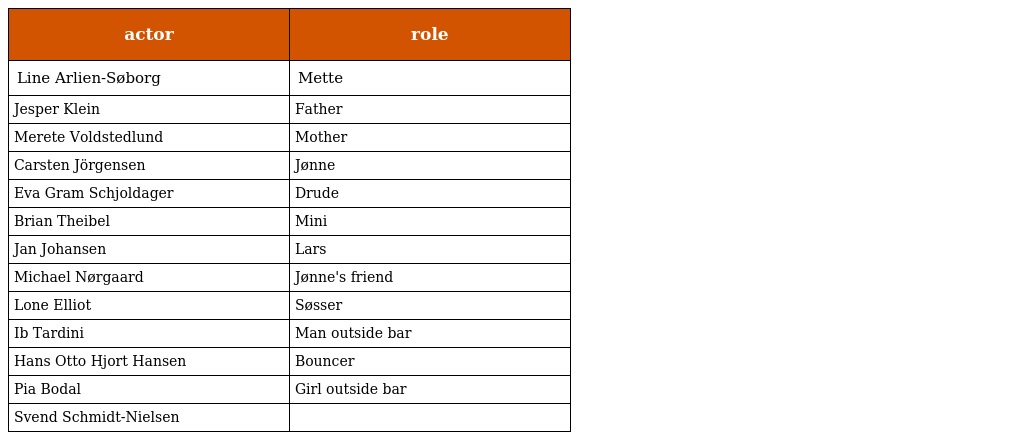
| actor | role |
 | --- | --- |
 | Line Arlien-Søborg | Mette |
 | Jesper Klein | Father |
 | Merete Voldstedlund | Mother |
 | Carsten Jörgensen | Jønne |
 | Eva Gram Schjoldager | Drude |
 | Brian Theibel | Mini |
 | Jan Johansen | Lars |
 | Michael Nørgaard | Jønne's friend |
 | Lone Elliot | Søsser |
 | Ib Tardini | Man outside bar |
 | Hans Otto Hjort Hansen | Bouncer |
 | Pia Bodal | Girl outside bar |
 | Svend Schmidt-Nielsen |  |